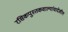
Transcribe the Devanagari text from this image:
रसिकपुस्तकवाल्यांचादेखील